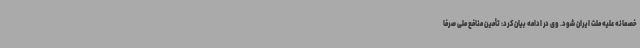
خصمانه علیه ملت ایران شود. وی در ادامه بیان کرد: تأمین منافع ملی صرفاً